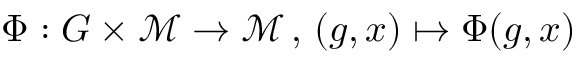
\Phi : G \times \mathcal M \rightarrow \mathcal M \, , \, ( g , x ) \mapsto \Phi ( g , x )